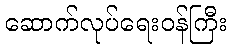
ဆောက်လုပ်ရေးဝန်ကြီး